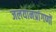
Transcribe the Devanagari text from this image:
जलयानप्रांगणों